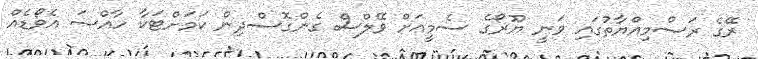
ރޭގެ ރަސްމިއްޔާތުގައި ވަނީ ޔޫރޯގެ ސެމީއަށް ވޭލްސް ގެންގޮސްދިން ކަމަށްޓަކާ ހާއްސަ އެވޯޑެއް